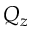
Q _ { z }